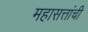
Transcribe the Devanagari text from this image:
महासत्तांची